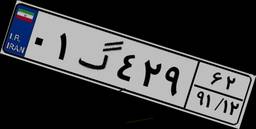
۲۰گ۰۲۷۹۲